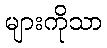
များကိုသာ